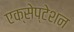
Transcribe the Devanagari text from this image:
एक्सेप्टेशन